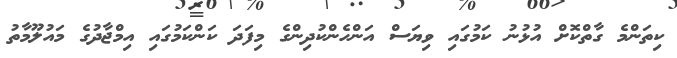
ކިތަންމެ ގާތްކޮށް އުޅުނު ކަމުގައި ވިޔަސް އަންހެންކުދިންގެ މިފަދަ ކަންކަމުގައި އިމްޖާދުގެ މައުލޫމާތު